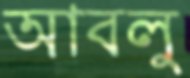
আবলু